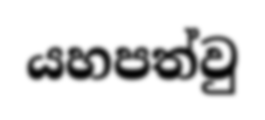
යහපත්වු